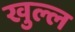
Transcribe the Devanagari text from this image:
खुल्ल